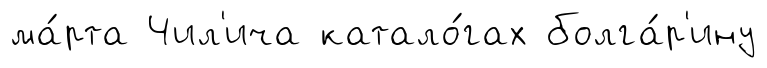
ма́рта Чил'ича катало́гах болга́р'ину